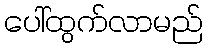
ပေါ်ထွက်လာမည်